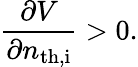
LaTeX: \frac{\partial V}{\partial n_{\mathrm{th,i}}}>0.